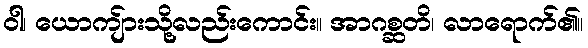
ဝါ၊ ယောကျ်ားသို့လည်းကောင်း။ အာဂစ္ဆတိ၊ လာရောက်၏။